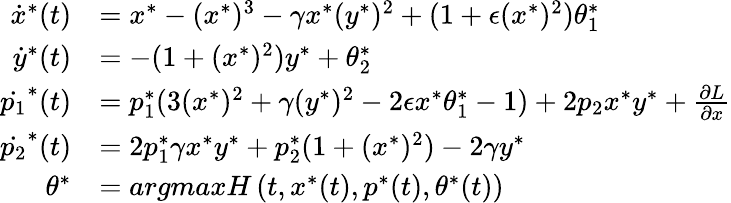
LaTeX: \begin{array}{rl}{\dot{x}^{*}(t)}&{=x^{*}-(x^{*})^{3}-\gamma x^{*}(y^{*})^{2}+(1+\epsilon(x^{*})^{2})\theta_{1}^{*}}\\ {\dot{y}^{*}(t)}&{=-(1+(x^{*})^{2})y^{*}+\theta_{2}^{*}}\\ {\dot{p_{1}}^{*}(t)}&{=p_{1}^{*}(3(x^{*})^{2}+\gamma(y^{*})^{2}-2\epsilon x^{*}\theta_{1}^{*}-1)+2p_{2}x^{*}y^{*}+\frac{\partial{L}}{\partial{x}}}\\ {\dot{p_{2}}^{*}(t)}&{=2p_{1}^{*}\gamma x^{*}y^{*}+p_{2}^{*}(1+(x^{*})^{2})-2\gamma y^{*}}\\ {\theta^{*}}&{=argmaxH\left(t,x^{*}(t),p^{*}(t),\theta^{*}(t)\right)}\end{array}